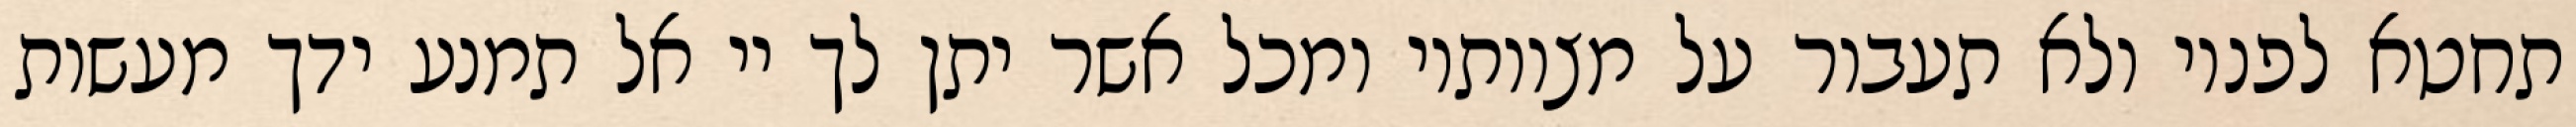
תחטא לפניו ולא תעבור על מצוותיו ומכל אשר יתן לך יי אל תמנע ידך מעשות